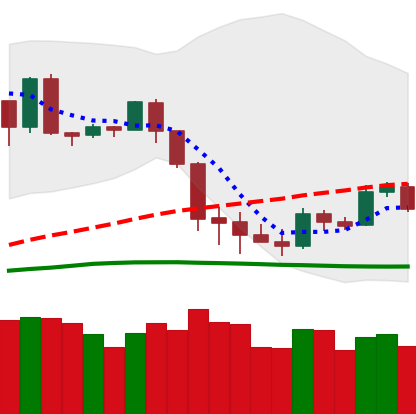
Ticker: BTC-USD
Chart end date: 2020-03-07
Forward return: -44.211%
Label: down_7plus